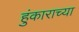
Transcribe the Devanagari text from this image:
हुंकाराच्या